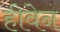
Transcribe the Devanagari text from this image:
हीवेन